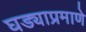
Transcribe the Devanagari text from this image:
घड्याप्रमाणे